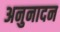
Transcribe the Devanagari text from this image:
अनुनादन